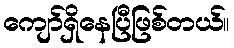
ကျော်ရှိနေပြီဖြစ်တယ်။